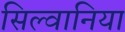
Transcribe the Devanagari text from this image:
सिल्वानिया